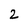
Character: 2